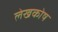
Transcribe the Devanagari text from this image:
लेखकोष